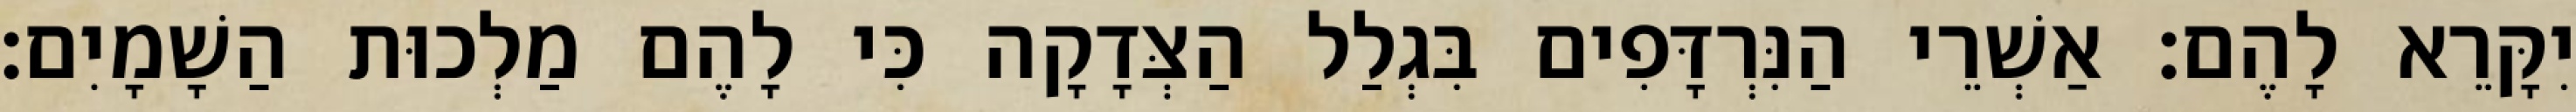
יִקָּרֵא לָהֶם׃ אַשְׁרֵי הַנִּרְדָּפִים בִּגְלַל הַצְּדָקָה כִּי לָהֶם מַלְכוּת הַשָׁמָיִם׃